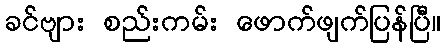
ခင်ဗျား စည်းကမ်း ဖောက်ဖျက်ပြန်ပြီ။